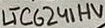
Text: LTC6241HV